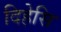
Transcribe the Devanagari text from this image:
दिहेसि